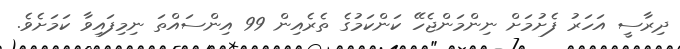
ދިރާސީ އަހަރު ފެށުމަށް ނިންމަންޖެހޭ ކަންކަމުގެ ތެރެއިން 99 އިންސައްތަ ނިމިފައިވާ ކަމަށެވެ.